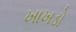
ખાખડો